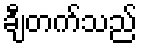
ချီတက်သည်